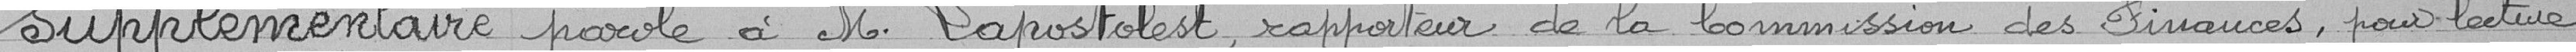
supplémentaire parole à M. Sapostolest, rapporteur de la Commission des Finances, pour lecture